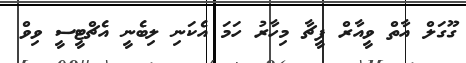
ގޫގަލް އާތް ވީއާރް ފީޗާ މިހާރު ހަމަ އެކަނި ލިބެނީ އެޗްޓީސީ ވިވް